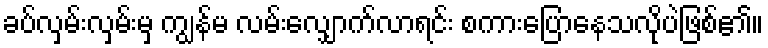
ခပ်လှမ်းလှမ်းမှ ကျွန်မ လမ်းလျှောက်လာရင်း စကားပြောနေသလိုပဲဖြစ်၏။